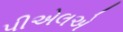
પીએલએ